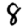
Digit: 8